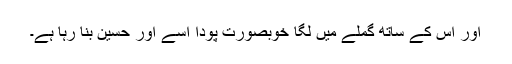
اور اس کے ساتھ گملے میں لگا خوبصورت پودا اسے اور حسین بنا رہا ہے۔